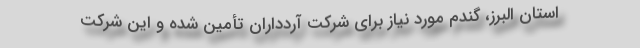
استان البرز، گندم مورد نیاز برای شرکت آردداران تأمین شده و این شرکت